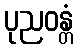
ပုညဝန္တံ